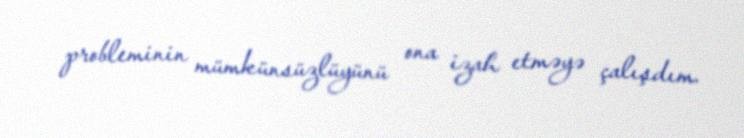
probleminin mümkünsüzlüyünü ona izah etməyə çalışdım.